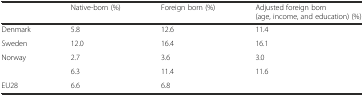
<table><thead><tr><td></td><td><b>Native-born (%)</b></td><td><b>Foreign born (%)</b></td><td><b>Adjusted foreign born (age, income, and education) (%)</b></td></tr></thead><tbody><tr><td>Denmark</td><td>5.8</td><td>12.6</td><td>11.4</td></tr><tr><td>Sweden</td><td>12.0</td><td>16.4</td><td>16.1</td></tr><tr><td>Norway</td><td>2.7</td><td>3.6</td><td>3.0</td></tr><tr><td></td><td>6.3</td><td>11.4</td><td>11.6</td></tr><tr><td>EU28</td><td>6.6</td><td>6.8</td><td></td></tr></tbody></table>